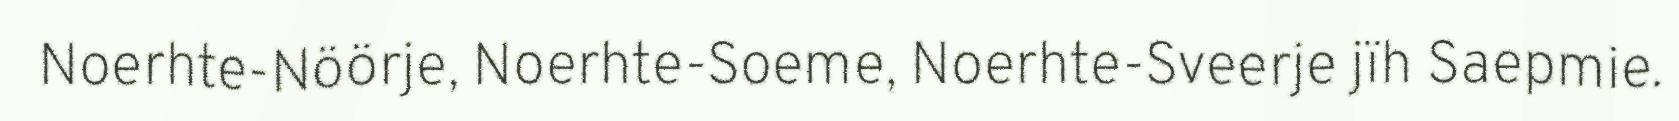
Noerhte-Nöörje, Noerhte-Soeme, Noerhte-Sveerje jïh Saepmie.